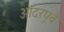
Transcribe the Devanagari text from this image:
आदरपूर्व